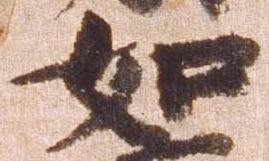
如